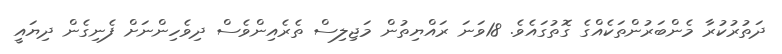
ދަތުރުކުރާ މެންބަރުންތަކެއްގެ ގޮތުގައެވެ. 18ވަނަ ރައްޔިތުން މަޖިލިސް ތެރެއިންވެސް ދިވެހިންނަށް ފެނިގެން ދިޔައީ